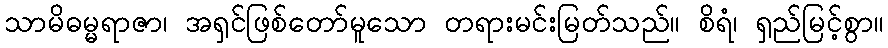
သာမိဓမ္မရာဇာ၊ အရှင်ဖြစ်တော်မူသော တရားမင်းမြတ်သည်။ စိရံ၊ ရှည်မြင့်စွာ။